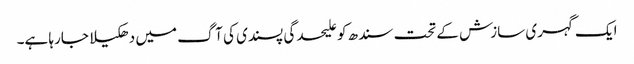
ایک گہری سازش کے تحت سندھ کو علیحدگی پسندی کی آگ میں دھکیلا جارہا ہے۔